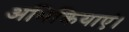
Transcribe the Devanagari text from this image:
अभिक्रियाएं।